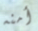
أمنه